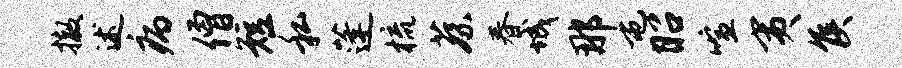
撤述病僧短私蓬梳蔡春城那屯昭喧夷侯